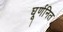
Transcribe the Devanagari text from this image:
घूर्णनित